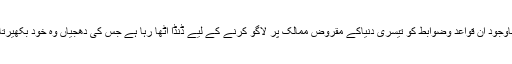
مقام حیرت ہے کہ انکل سام کئی ارب انسانوں کو لقمہ اجل بنانے کے باوجود ان قواعد وضوابط کو تیسری دنیاکے مقروض ممالک پر لاگو کرنے کے لیے ڈنڈا اٹھا رہا ہے جس کی دھجیاں وہ خود بکھیرتا رہا ہے لیکن کسی حکمران میں جرأت نہیں کہ اسے آئینہ دکھا سکے ۔